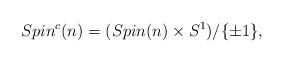
LaTeX: \begin{align*}Spin^c(n)=(Spin(n)\times S^1)/\{\pm 1\},\end{align*}